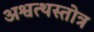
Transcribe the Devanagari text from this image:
अश्वत्थस्तोत्र